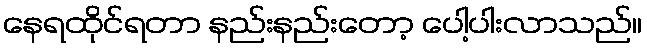
နေရထိုင်ရတာ နည်းနည်းတော့ ပေါ့ပါးလာသည်။